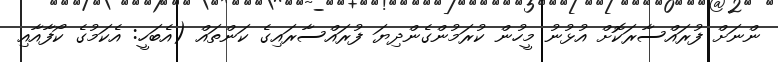
ންނަށް ފުރައްސާރަކޮށް އުޅުނު މީހުން ކުރަމުންގެންދިޔަ ފުރައްސާރައިގެ ކަންތައް (އެބަހީ: އެކަމުގެ ކޯފާއާއި